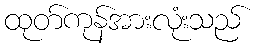
ထုတ်ကုန်အားလုံးသည်